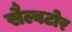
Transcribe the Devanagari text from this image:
सैल्वटोर